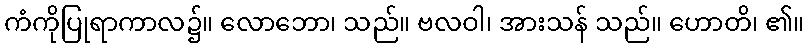
ကံကိုပြုရာကာလ၌။ လောဘော၊ သည်။ ဗလဝါ၊ အားသန် သည်။ ဟောတိ၊ ၏။